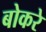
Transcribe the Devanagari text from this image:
बोकरे